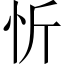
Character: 忻